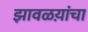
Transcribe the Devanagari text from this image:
झावळय़ांचा